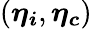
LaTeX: (\boldsymbol{\eta}_{\boldsymbol{i}},\boldsymbol{\eta}_{\boldsymbol{c}})